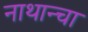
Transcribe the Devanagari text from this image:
नाथान्चा